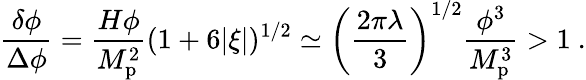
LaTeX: {\frac{\delta\phi}{\Delta\phi}}={\frac{H\phi}{M_{\mathrm{p}}^{2}}}(1+6|\xi|)^{1/2}\simeq\left({\frac{2\pi\lambda}{3}}\right)^{1/2}{\frac{\phi^{3}}{M_{\mathrm{p}}^{3}}}>1\ .